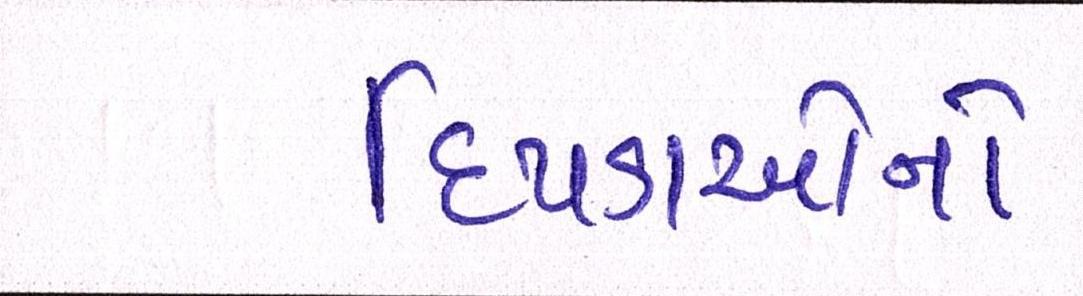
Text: દિપડાઓનો